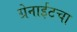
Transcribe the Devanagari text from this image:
ग्रेनाईटचा